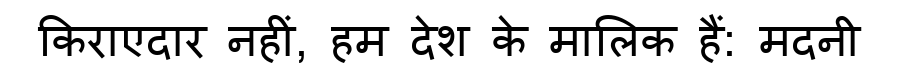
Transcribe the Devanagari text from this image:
किराएदार नहीं, हम देश के मालिक हैं: मदनी